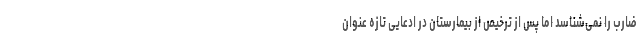
ضارب را نمی‌شناسد اما پس از ترخیص از بیمارستان در ادعایی تازه عنوان